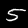
Digit: 5